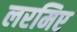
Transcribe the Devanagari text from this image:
लरमिए